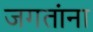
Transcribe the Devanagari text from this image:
जगतांना